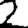
Digit: 2